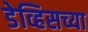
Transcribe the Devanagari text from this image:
डेव्हिसच्या